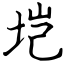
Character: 垲